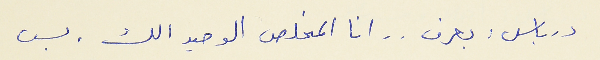
درباس : بعرف . . انا المخلص الوحيد الك. بس